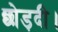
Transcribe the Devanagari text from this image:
छोड़दी।